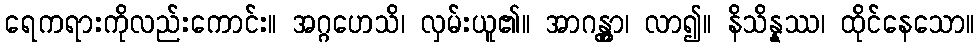
ရေကရားကိုလည်းကောင်း။ အဂ္ဂဟေသိ၊ လှမ်းယူ၏။ အာဂန္တွာ၊ လာ၍။ နိသိန္နဿ၊ ထိုင်နေသော။